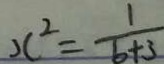
x ^ { 2 } = \frac { 1 } { b + 3 }